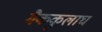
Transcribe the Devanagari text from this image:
मैककुलाघ